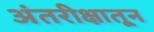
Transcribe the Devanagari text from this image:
अंतरीक्षातून